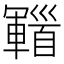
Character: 𩠫